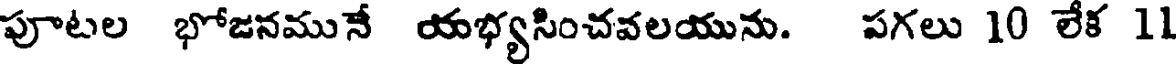
పూటల భోజనమునే యభ్యసించవలయును. పగలు 10 లేక 11